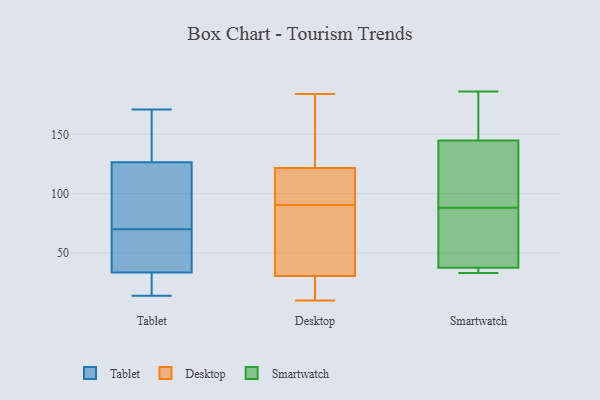
{"axis": {"x": "Market Share (%)", "y": "Value"}, "legend": ["Desktop", "Smartwatch", "Tablet"], "data": [{"x": "", "y": 21, "type": "Tablet"}, {"x": "", "y": 131, "type": "Tablet"}, {"x": "", "y": 33, "type": "Tablet"}, {"x": "", "y": 122, "type": "Tablet"}, {"x": "", "y": 56, "type": "Tablet"}, {"x": "", "y": 34, "type": "Tablet"}, {"x": "", "y": 73, "type": "Tablet"}, {"x": "", "y": 67, "type": "Tablet"}, {"x": "", "y": 32, "type": "Tablet"}, {"x": "", "y": 14, "type": "Tablet"}, {"x": "", "y": 111, "type": "Tablet"}, {"x": "", "y": 171, "type": "Tablet"}, {"x": "", "y": 163, "type": "Tablet"}, {"x": "", "y": 105, "type": "Tablet"}, {"x": "", "y": 143, "type": "Tablet"}, {"x": "", "y": 65, "type": "Tablet"}, {"x": "", "y": 99, "type": "Desktop"}, {"x": "", "y": 32, "type": "Desktop"}, {"x": "", "y": 17, "type": "Desktop"}, {"x": "", "y": 77, "type": "Desktop"}, {"x": "", "y": 157, "type": "Desktop"}, {"x": "", "y": 94, "type": "Desktop"}, {"x": "", "y": 10, "type": "Desktop"}, {"x": "", "y": 29, "type": "Desktop"}, {"x": "", "y": 87, "type": "Desktop"}, {"x": "", "y": 132, "type": "Desktop"}, {"x": "", "y": 184, "type": "Desktop"}, {"x": "", "y": 111, "type": "Desktop"}, {"x": "", "y": 33, "type": "Smartwatch"}, {"x": "", "y": 42, "type": "Smartwatch"}, {"x": "", "y": 36, "type": "Smartwatch"}, {"x": "", "y": 36, "type": "Smartwatch"}, {"x": "", "y": 155, "type": "Smartwatch"}, {"x": "", "y": 114, "type": "Smartwatch"}, {"x": "", "y": 88, "type": "Smartwatch"}, {"x": "", "y": 179, "type": "Smartwatch"}, {"x": "", "y": 186, "type": "Smartwatch"}, {"x": "", "y": 92, "type": "Smartwatch"}, {"x": "", "y": 87, "type": "Smartwatch"}]}